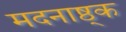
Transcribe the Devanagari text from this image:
मदनाष्ठ्क